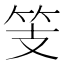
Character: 𱷲